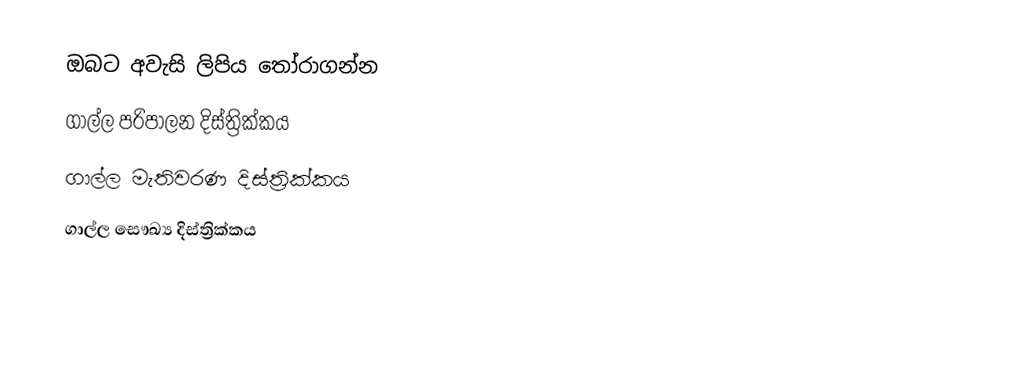
ඔබට අවැසි ලිපිය තෝරාගන්න
 ගාල්ල පරිපාලන දිස්ත්‍රික්කය
 ගාල්ල මැතිවරණ දිස්ත්‍රික්කය
 ගාල්ල සෞඛ්‍ය දිස්ත්‍රික්කය